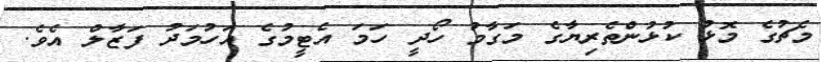
މެޗުގެ މޮޅު ކުޅުންތެރިޔާގެ މަގާމު ހޯދީ ހަމަ އެޓީމުގެ އަހުމަދު ފަޒާލް އެވެ.